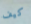
كيف